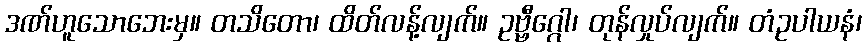
ဒဏ်ဟူသောဘေးမှ။ တသိတော၊ ထိတ်လန့်လျက်။ ဥဗ္ဗီဂ္ဂေါ၊ တုန်လှုပ်လျက်။ တံဥပါယနံ၊